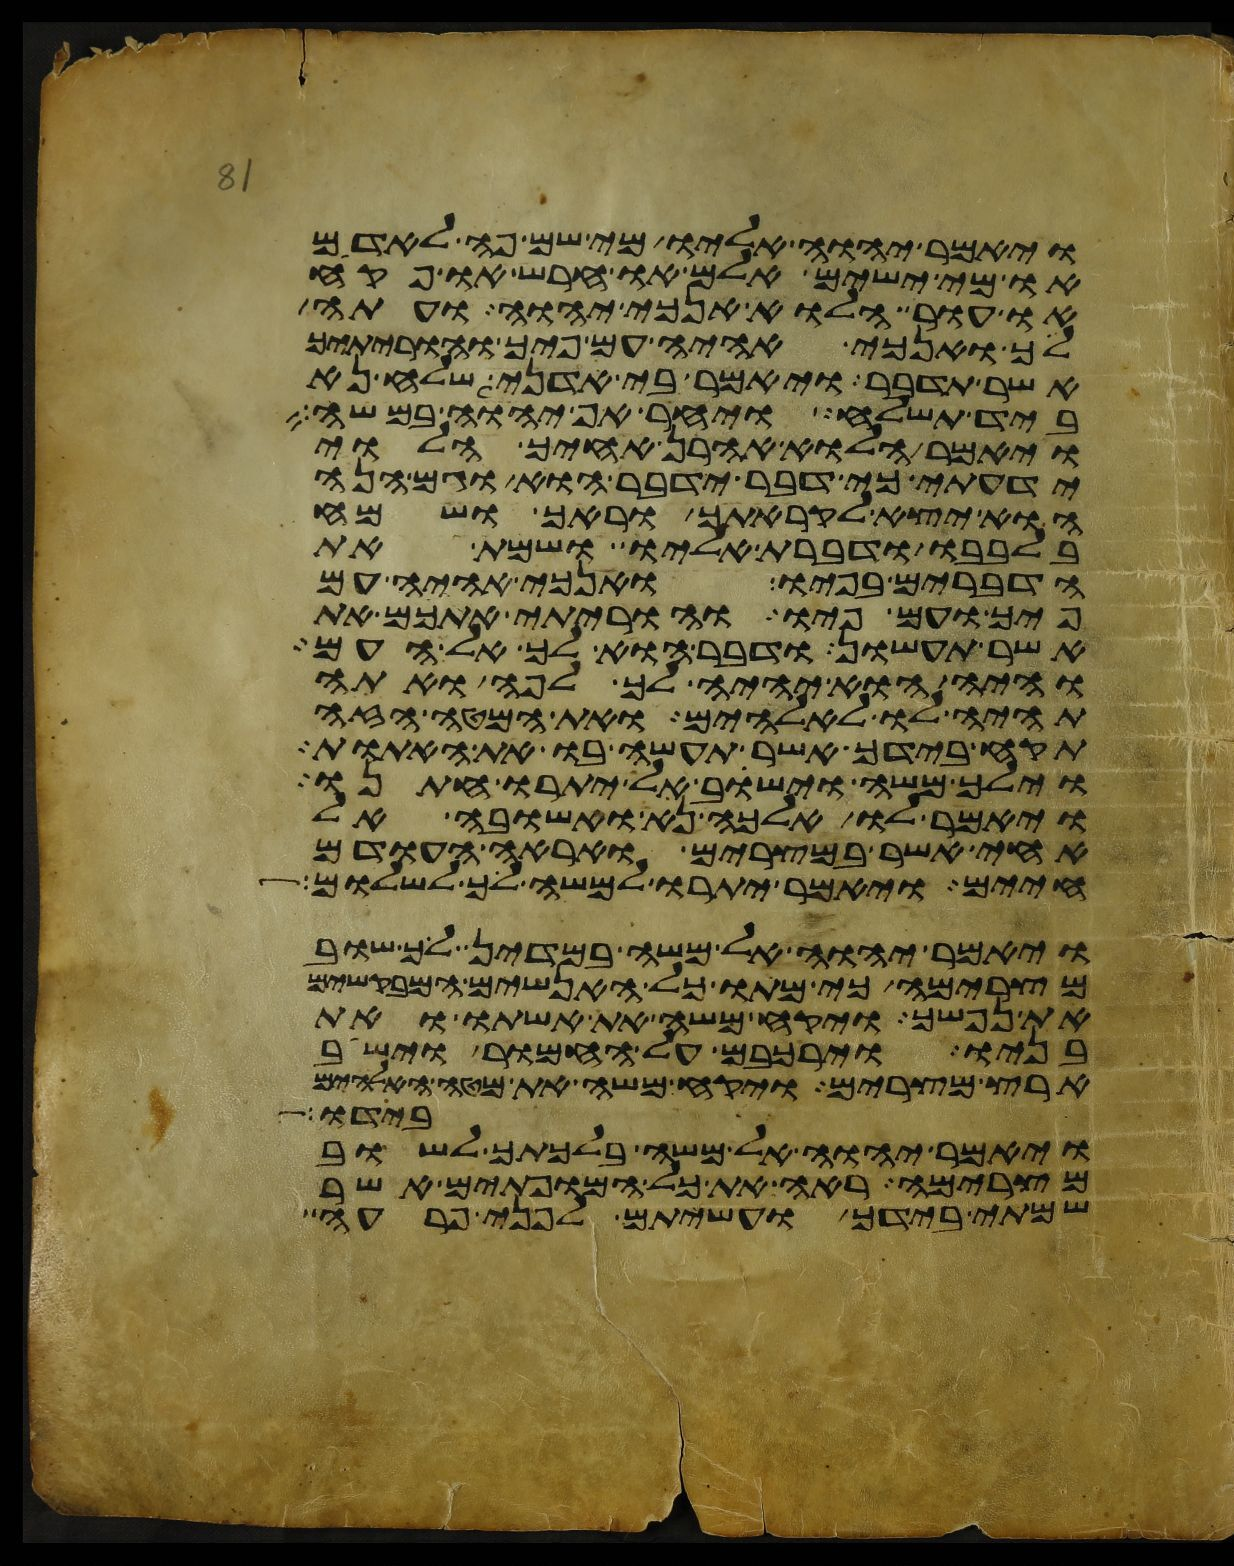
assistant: ויאמר יהוה אליו מי שם פה לאדם
או מי ישים אלם או חרש או פקח
או עור הלוא אנכי יהוה ועתה
לך ואנכי אהיה עם פיך והוריתיך
אשר תדבר ויאמר בי אדני שלח נא
ביד תשלח ויחר אף יהוה במשה
ויאמר הלוא אהרן אחיך הלוי
ידעתי כי דבר ידבר הוא וגם הנה
הוא יצא לקראתך וראך ושמח
בלבבו ודברת אליו ושמת את
הדברים בפיו ואנכי אהיה עם
פיך ועם פיו והוריתי אתכם את
אשר תעשון ודבר הוא לך אל העם
והיה הוא יהיה לך לפה ואתה
תהיה לו לאלהים ואת המטה הזה
תקח בידך אשר תעשה בו את האתות
וילך משה וישב אל יתרו חתנו
ויאמר לו אלכה נא ואשובה אל
אחי אשר במצרים ואראה העודם
חיים ויאמר יתרו למשה לך לשלום
ויאמר יהוה אל משה במדין לך שוב
מצרימה כי מתו כל האנשים המבקשים
את נפשך ויקח משה את אשתו ואת
בניו וירכבם על החמור וישב
ארץ מצרים ויקח משה את מטה האלהים
בידו
ויאמר יהוה אל משה בלכתך לשוב
מצרימה ראה את כל המופתים אשר
שמתי בידך ועשיתם לפני פרעה